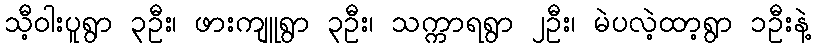
သီ့ဝါးပူရွာ ၃ဦး၊ ဖားကျူရွာ ၃ဦး၊ သက္ကာရရွာ ၂ဦး၊ မဲပလဲ့ထာ့ရွာ ၁ဦးနဲ့